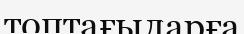
топтағыларға